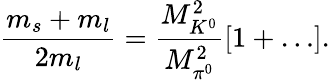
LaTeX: \frac{m_{s}+m_{l}}{2m_{l}}=\frac{M_{K^{0}}^{2}}{M_{\pi^{0}}^{2}}\left[1+\ldots\right].